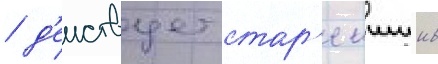
/ д'еиствует стар'еишии в